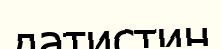
датистин